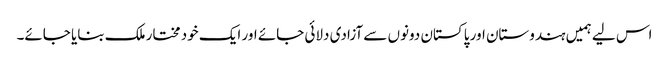
اس لیے ہمیں ہندوستان اور پاکستان دونوں سے آزادی دلائی جائے اور ایک خود مختار ملک بنایا جائے۔